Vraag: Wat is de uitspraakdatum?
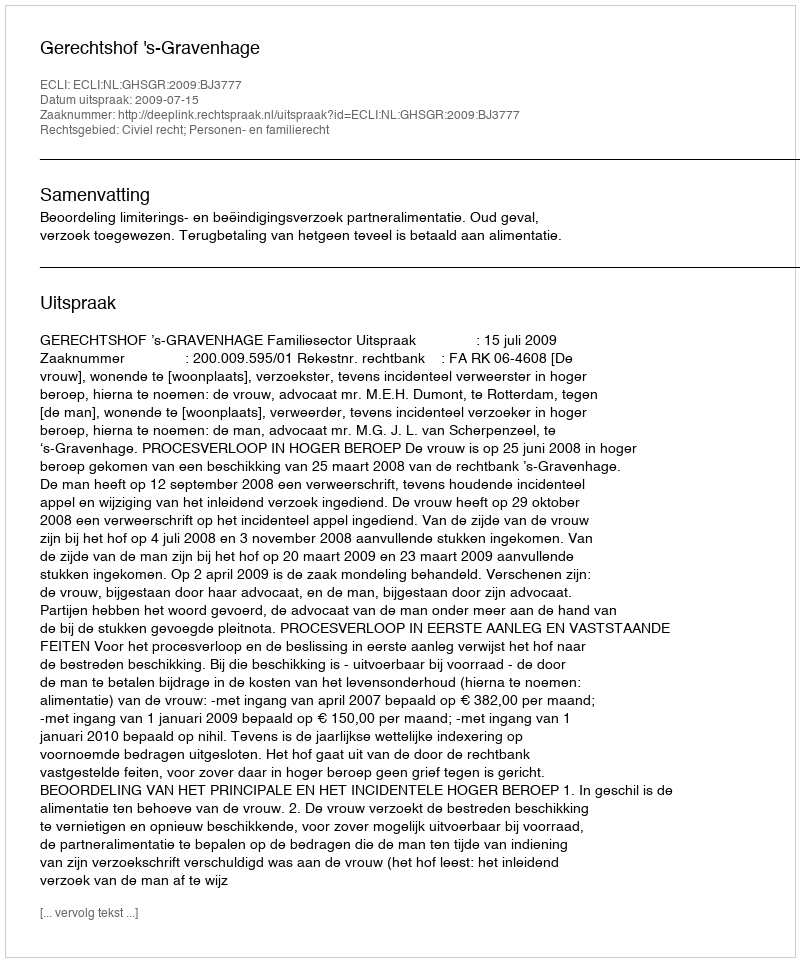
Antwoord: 2009-07-15